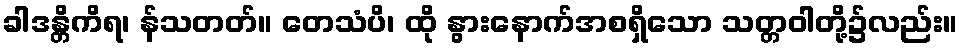
ခါဒန္တိကိရ၊ န်သတတ်။ တေသံပိ၊ ထို နွားနောက်အစရှိသော သတ္တဝါတို့၌လည်း။